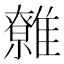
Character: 䨅